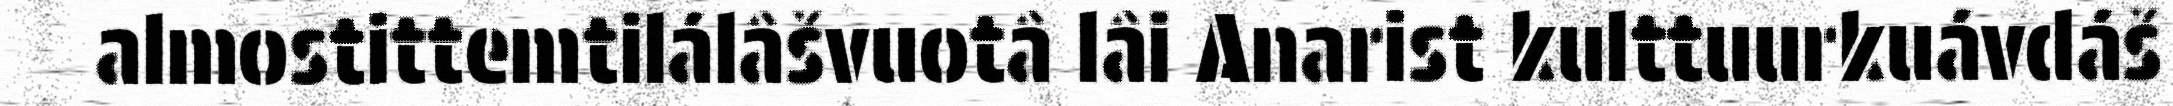
almostittemtilálâšvuotâ lâi Anarist kulttuurkuávdáš